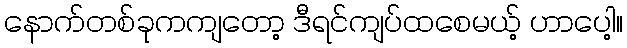
နောက်တစ်ခုကကျတော့ ဒီရင်ကျပ်ထစေမယ့် ဟာပေါ့။